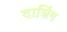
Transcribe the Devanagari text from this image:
दाशिंग